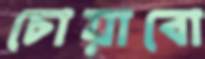
চোয়াবো